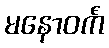
မနောဝင်္ကံ